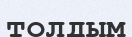
толдым